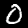
Digit: 0